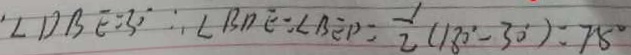
\cdot \angle D B E = 3 0 ^ { \circ } \therefore \angle B D E = \angle B E P = \frac { 1 } { 2 } ( 1 8 0 ^ { \circ } - 3 0 ^ { \circ } ) = 7 5 ^ { \circ }